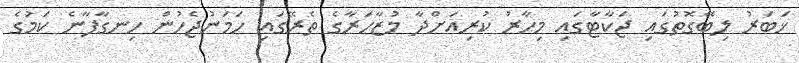
ޚަބަރު ލިބޭގޮތުގައި ޖަކާޓާގައި މިހާރު ކުރިއަށްދާ މުޒާހަރާގެ ތެރޭގައި ހަމަނުޖެހުން ހިނގާފާނެ ކަމުގެ